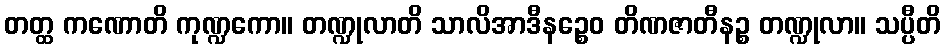
တတ္ထ ကဏောတိ ကုဏ္ဍကော။ တဏ္ဍုလာတိ သာလိအာဒီနဉ္စေဝ တိဏဇာတီနဉ္စ တဏ္ဍုလာ။ သပ္ပီတိ